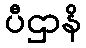
ပီဌာနိ